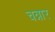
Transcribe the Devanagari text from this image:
चन्नार